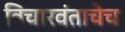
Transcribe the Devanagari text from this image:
विचारवंताचेच